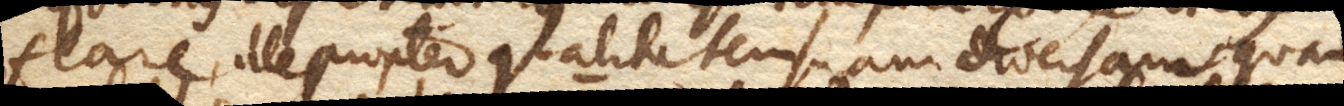
flare, ille propter qualitatem suam diversam, quam